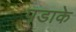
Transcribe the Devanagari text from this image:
पडाके